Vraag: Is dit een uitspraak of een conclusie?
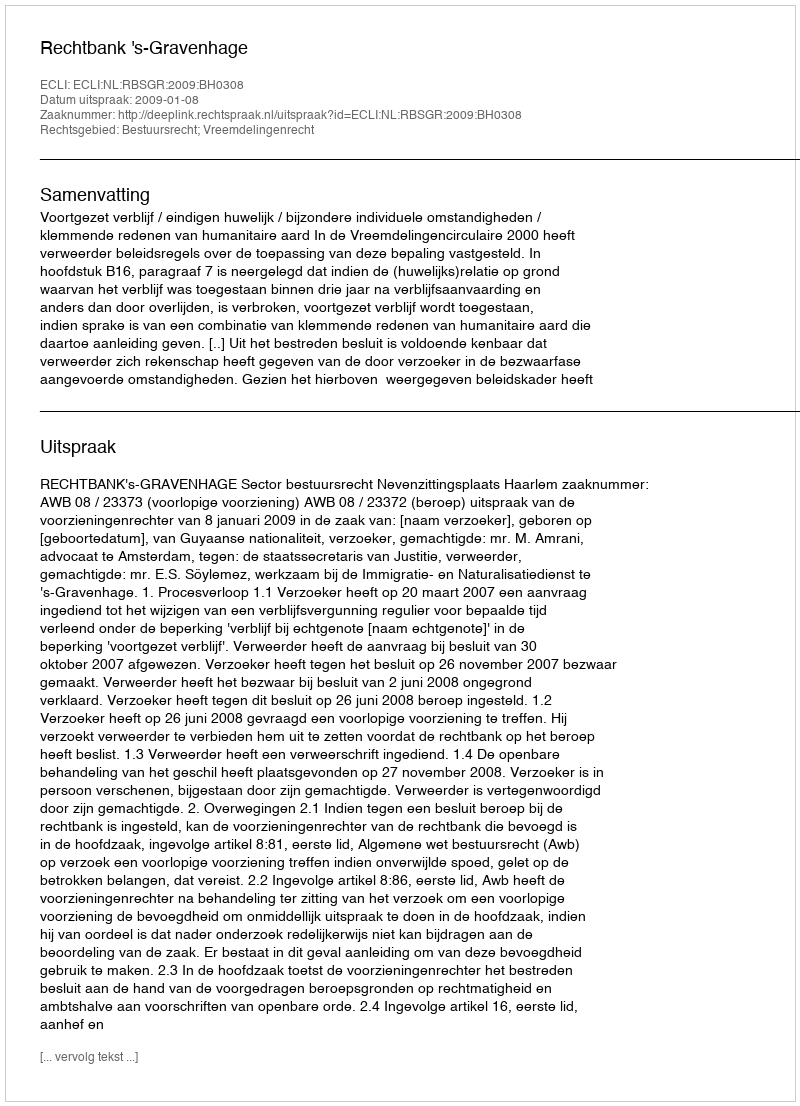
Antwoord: Uitspraak